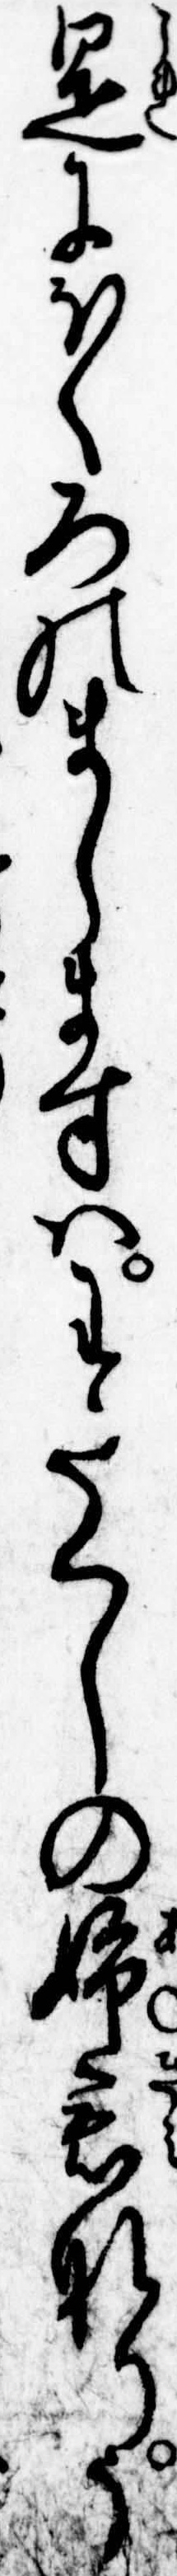
是にほくろのましますはわたくしの姉君なりう